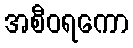
အစီဝရကော